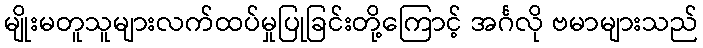
မျိုးမတူသူများလက်ထပ်မှုပြုခြင်းတို့ကြောင့် အင်္ဂလို ဗမာများသည်